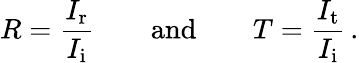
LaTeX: R=\frac{I_{\mathrm{r}}}{I_{\mathrm{i}}}\quad\quad\mathrm{and}\quad\quad T=\frac{I_{\mathrm{t}}}{I_{\mathrm{i}}}\, .